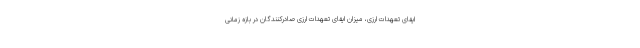
ایفای تعهدات ارزی، میزان ایفای تعهدات ارزی صادرکنندگان در بازه زمانی